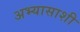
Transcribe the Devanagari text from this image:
अभ्यासाशी